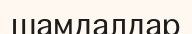
шамдалдар